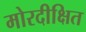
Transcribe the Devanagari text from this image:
मोरदीक्षित